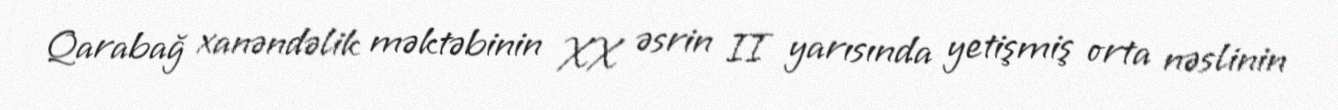
Qarabağ xanəndəlik məktəbinin XX əsrin II yarısında yetişmiş orta nəslinin